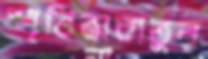
স্মৃতিভাবাতুর